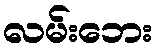
လမ်းဘေး